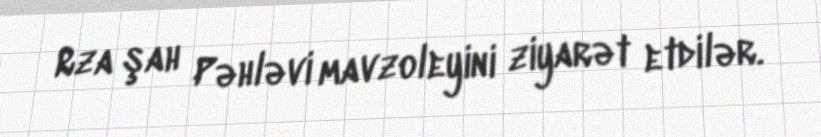
Rza şah Pəhləvi mavzoleyini ziyarət etdilər.